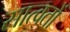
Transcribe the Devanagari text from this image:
सात्वतों